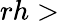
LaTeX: rh>